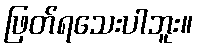
ဖြတ်ရသေးပါဘူး။